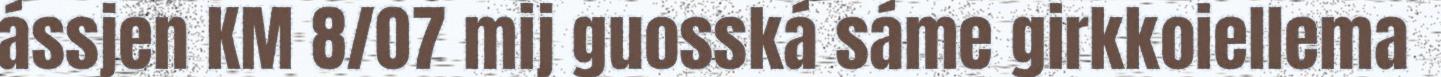
ássjen KM 8/07 mij guosská sáme girkkoiellema